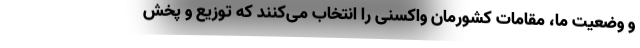
و وضعیت ما، مقامات کشورمان واکسنی را انتخاب می‌کنند که توزیع و پخش